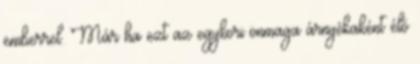
emberrel. Már ha ezt az egykori önmaga árnyékaként élő